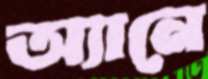
অ্যানে